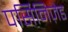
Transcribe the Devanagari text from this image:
पर्सिनिज़ेड